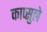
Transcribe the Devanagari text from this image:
काप्सुले